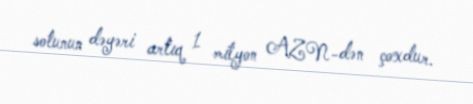
sotunun dəyəri artıq 1 milyon AZN-dən çoxdur.